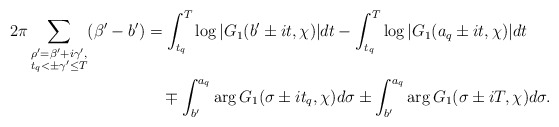
\begin{align*}2\pi \sum_{\substack{\rho' = \beta' + i\gamma',\\ t_q < \pm \gamma' \leq T}} (\beta' - b')&= \int_{t_q}^T \log{| G_1(b' \pm it, \chi) |} dt - \int_{t_q}^T \log{| G_1(a_q \pm it, \chi) |} dt \\&\quad\mp \int_{b'}^{a_q} \arg{G_1(\sigma \pm it_q, \chi)} d\sigma\pm \int_{b'}^{a_q} \arg{G_1(\sigma \pm iT, \chi)} d\sigma.\end{align*}